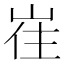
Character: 𡸌